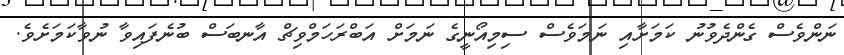
ނަންވެސް ގެންދެވުނު ކަމަށާއި ނަމަވެސް ސިމިއޯނީގެ ނަމަށް އަބްރަހަމްވިޗް އާނބަސް ބުނެފައިވާ ނުވާކަމަށެވެ.